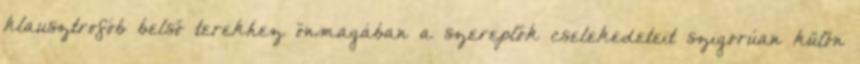
klausztrofób belső terekhez önmagában a szereplők cselekedeteit szigorúan külön